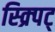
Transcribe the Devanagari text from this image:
स्क्र्पिट्